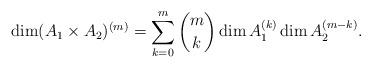
LaTeX: \begin{align*}\dim (A_1\times A_2)^{(m)} = \sum_{k=0}^{m} \binom{m}{k}\dim A_1^{(k)}\dim A_2^{(m-k)}.\end{align*}